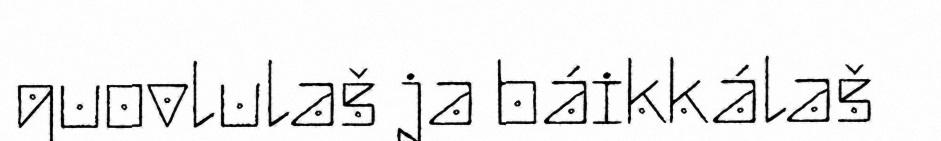
guovlulaš ja báikkálaš